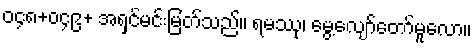
၀၄၈+၀၄၉+ အရှင်မင်းမြတ်သည်။ ရမဿု၊ မွေ့လျော်တော်မူလော။